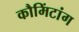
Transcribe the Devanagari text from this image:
कौमिंटांग